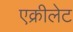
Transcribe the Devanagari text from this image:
एक्रीलेट